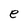
Character: e